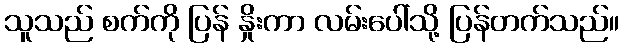
သူသည် စက်ကို ပြန် နှိုးကာ လမ်းပေါ်သို့ ပြန်တက်သည်။